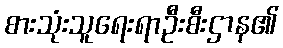
စားသုံးသူရေးရာဦးစီးဌာန၏